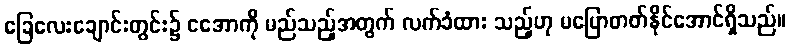
ခြေလေးချောင်းတွင်း၌ ငအောကို မည်သည့်အတွက် လက်ခံထား သည့်ဟု မပြောတတ်နိုင်အောင်ရှိသည်။